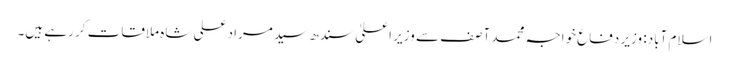
اسلام آباد: وزیر دفاع خواجہ محمد آصف سے وزیر اعلیٰ سندھ سید مراد علی شاہ ملاقات کر رہے ہیں۔